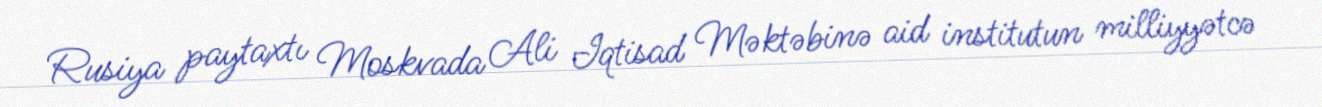
Rusiya paytaxtı Moskvada Ali Iqtisad Məktəbinə aid institutun milliyyətcə